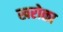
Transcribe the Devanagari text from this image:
खरोळा